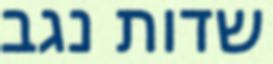
שדות נגב